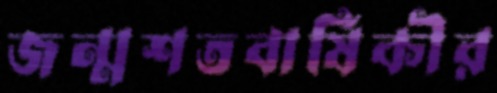
জন্মশতবার্ষিকীর